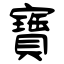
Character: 寶